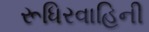
રૂધિરવાહિની